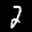
Label: 2